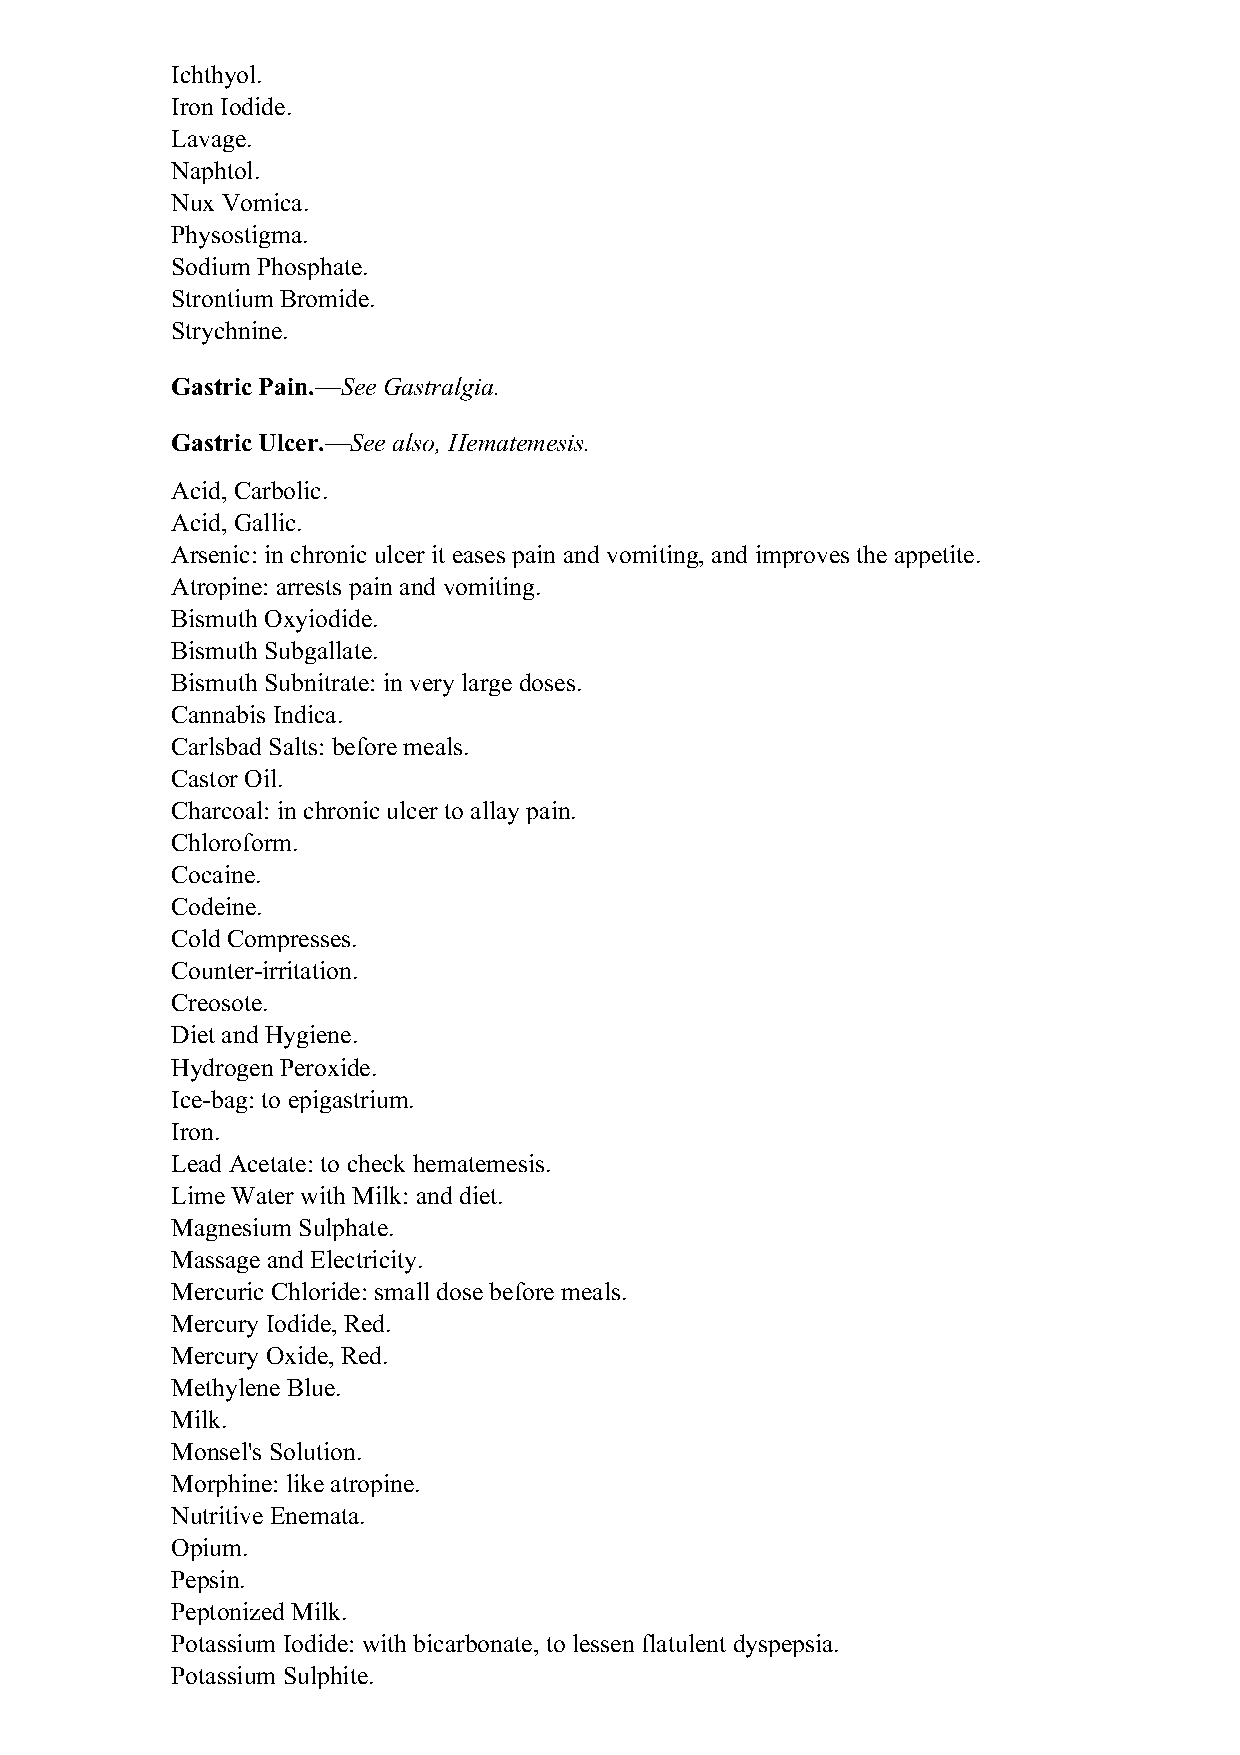
Ichthyol.
 Iron Iodide.
 Lavage.
 Naphtol.
 Nux Vomica.
 Physostigma.
 Sodium Phosphate.
 Strontium Bromide.
 Strychnine.
 Gastric Pain.—See Gastralgia.
 Gastric Ulcer.—See also, Hematemesis.
 Acid, Carbolic.
 Acid, Gallic.
 Arsenic: in chronic ulcer it eases pain and vomiting, and improves the appetite.
 Atropine: arrests pain and vomiting.
 Bismuth Oxyiodide.
 Bismuth Subgallate.
 Bismuth Subnitrate: in very large doses.
 Cannabis Indica.
 Carlsbad Salts: before meals.
 Castor Oil.
 Charcoal: in chronic ulcer to allay pain.
 Chloroform.
 Cocaine.
 Codeine.
 Cold Compresses.
 Counter-irritation.
 Creosote.
 Diet and Hygiene.
 Hydrogen Peroxide.
 Ice-bag: to epigastrium.
 Iron.
 Lead Acetate: to check hematemesis.
 Lime Water with Milk: and diet.
 Magnesium Sulphate.
 Massage and Electricity.
 Mercuric Chloride: small dose before meals.
 Mercury Iodide, Red.
 Mercury Oxide, Red.
 Methylene Blue.
 Milk.
 Monsel's Solution.
 Morphine: like atropine.
 Nutritive Enemata.
 Opium.
 Pepsin.
 Peptonized Milk.
 Potassium Iodide: with bicarbonate, to lessen flatulent dyspepsia.
 Potassium Sulphite.